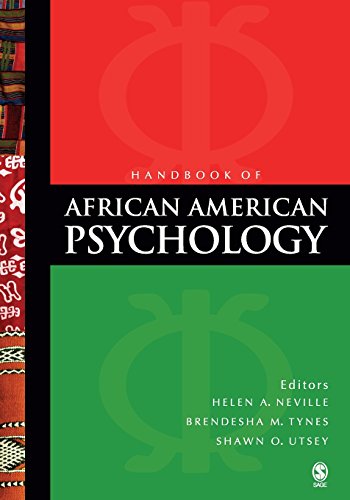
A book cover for Handbook of African American Psychology; Medical Books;